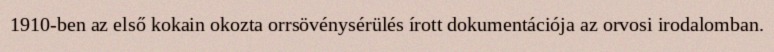
1910-ben az első kokain okozta orrsövénysérülés írott dokumentációja az orvosi irodalomban.